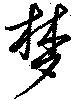
夢